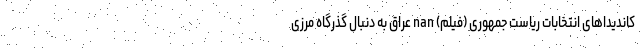
کاندیداهای انتخابات ریاست جمهوری (فیلم) nan عراق به دنبال گذرگاه مرزی